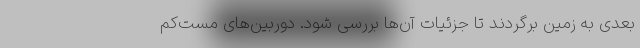
بعدی به زمین برگردند تا جزئیات آن‌ها بررسی شود. دوربین‌های مست‌کم